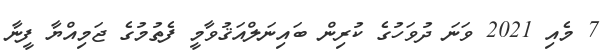
7 މެއި 2021 ވަނަ ދުވަހުގެ ކުރިން ބައިނަލްއަޤުވާމީ ފެތުމުގެ ޖަމިއްޔާ ފީނާ